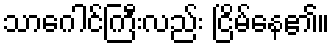
သာဂေါင်ကြီးလည်း ငြိမ်နေ၏။